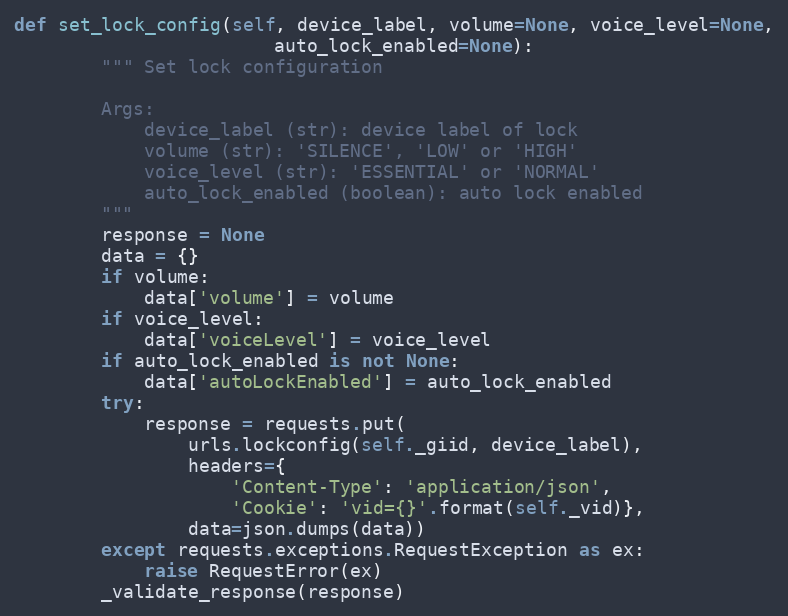
Language: Python
def set_lock_config(self, device_label, volume=None, voice_level=None,
                        auto_lock_enabled=None):
        """ Set lock configuration

        Args:
            device_label (str): device label of lock
            volume (str): 'SILENCE', 'LOW' or 'HIGH'
            voice_level (str): 'ESSENTIAL' or 'NORMAL'
            auto_lock_enabled (boolean): auto lock enabled
        """
        response = None
        data = {}
        if volume:
            data['volume'] = volume
        if voice_level:
            data['voiceLevel'] = voice_level
        if auto_lock_enabled is not None:
            data['autoLockEnabled'] = auto_lock_enabled
        try:
            response = requests.put(
                urls.lockconfig(self._giid, device_label),
                headers={
                    'Content-Type': 'application/json',
                    'Cookie': 'vid={}'.format(self._vid)},
                data=json.dumps(data))
        except requests.exceptions.RequestException as ex:
            raise RequestError(ex)
        _validate_response(response)